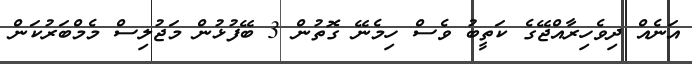
އަނެއް ދިވެހިރާއްޖޭގެ ކަތީބު ވެސް ހިމެނޭ ގޮތުން 3 ބޭފުޅުން މަޖުލިސް މެމްބަރުކަން